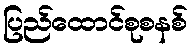
ပြည်ထောင်စုစနစ်